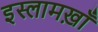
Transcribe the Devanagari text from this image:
इस्लामख़ाँ